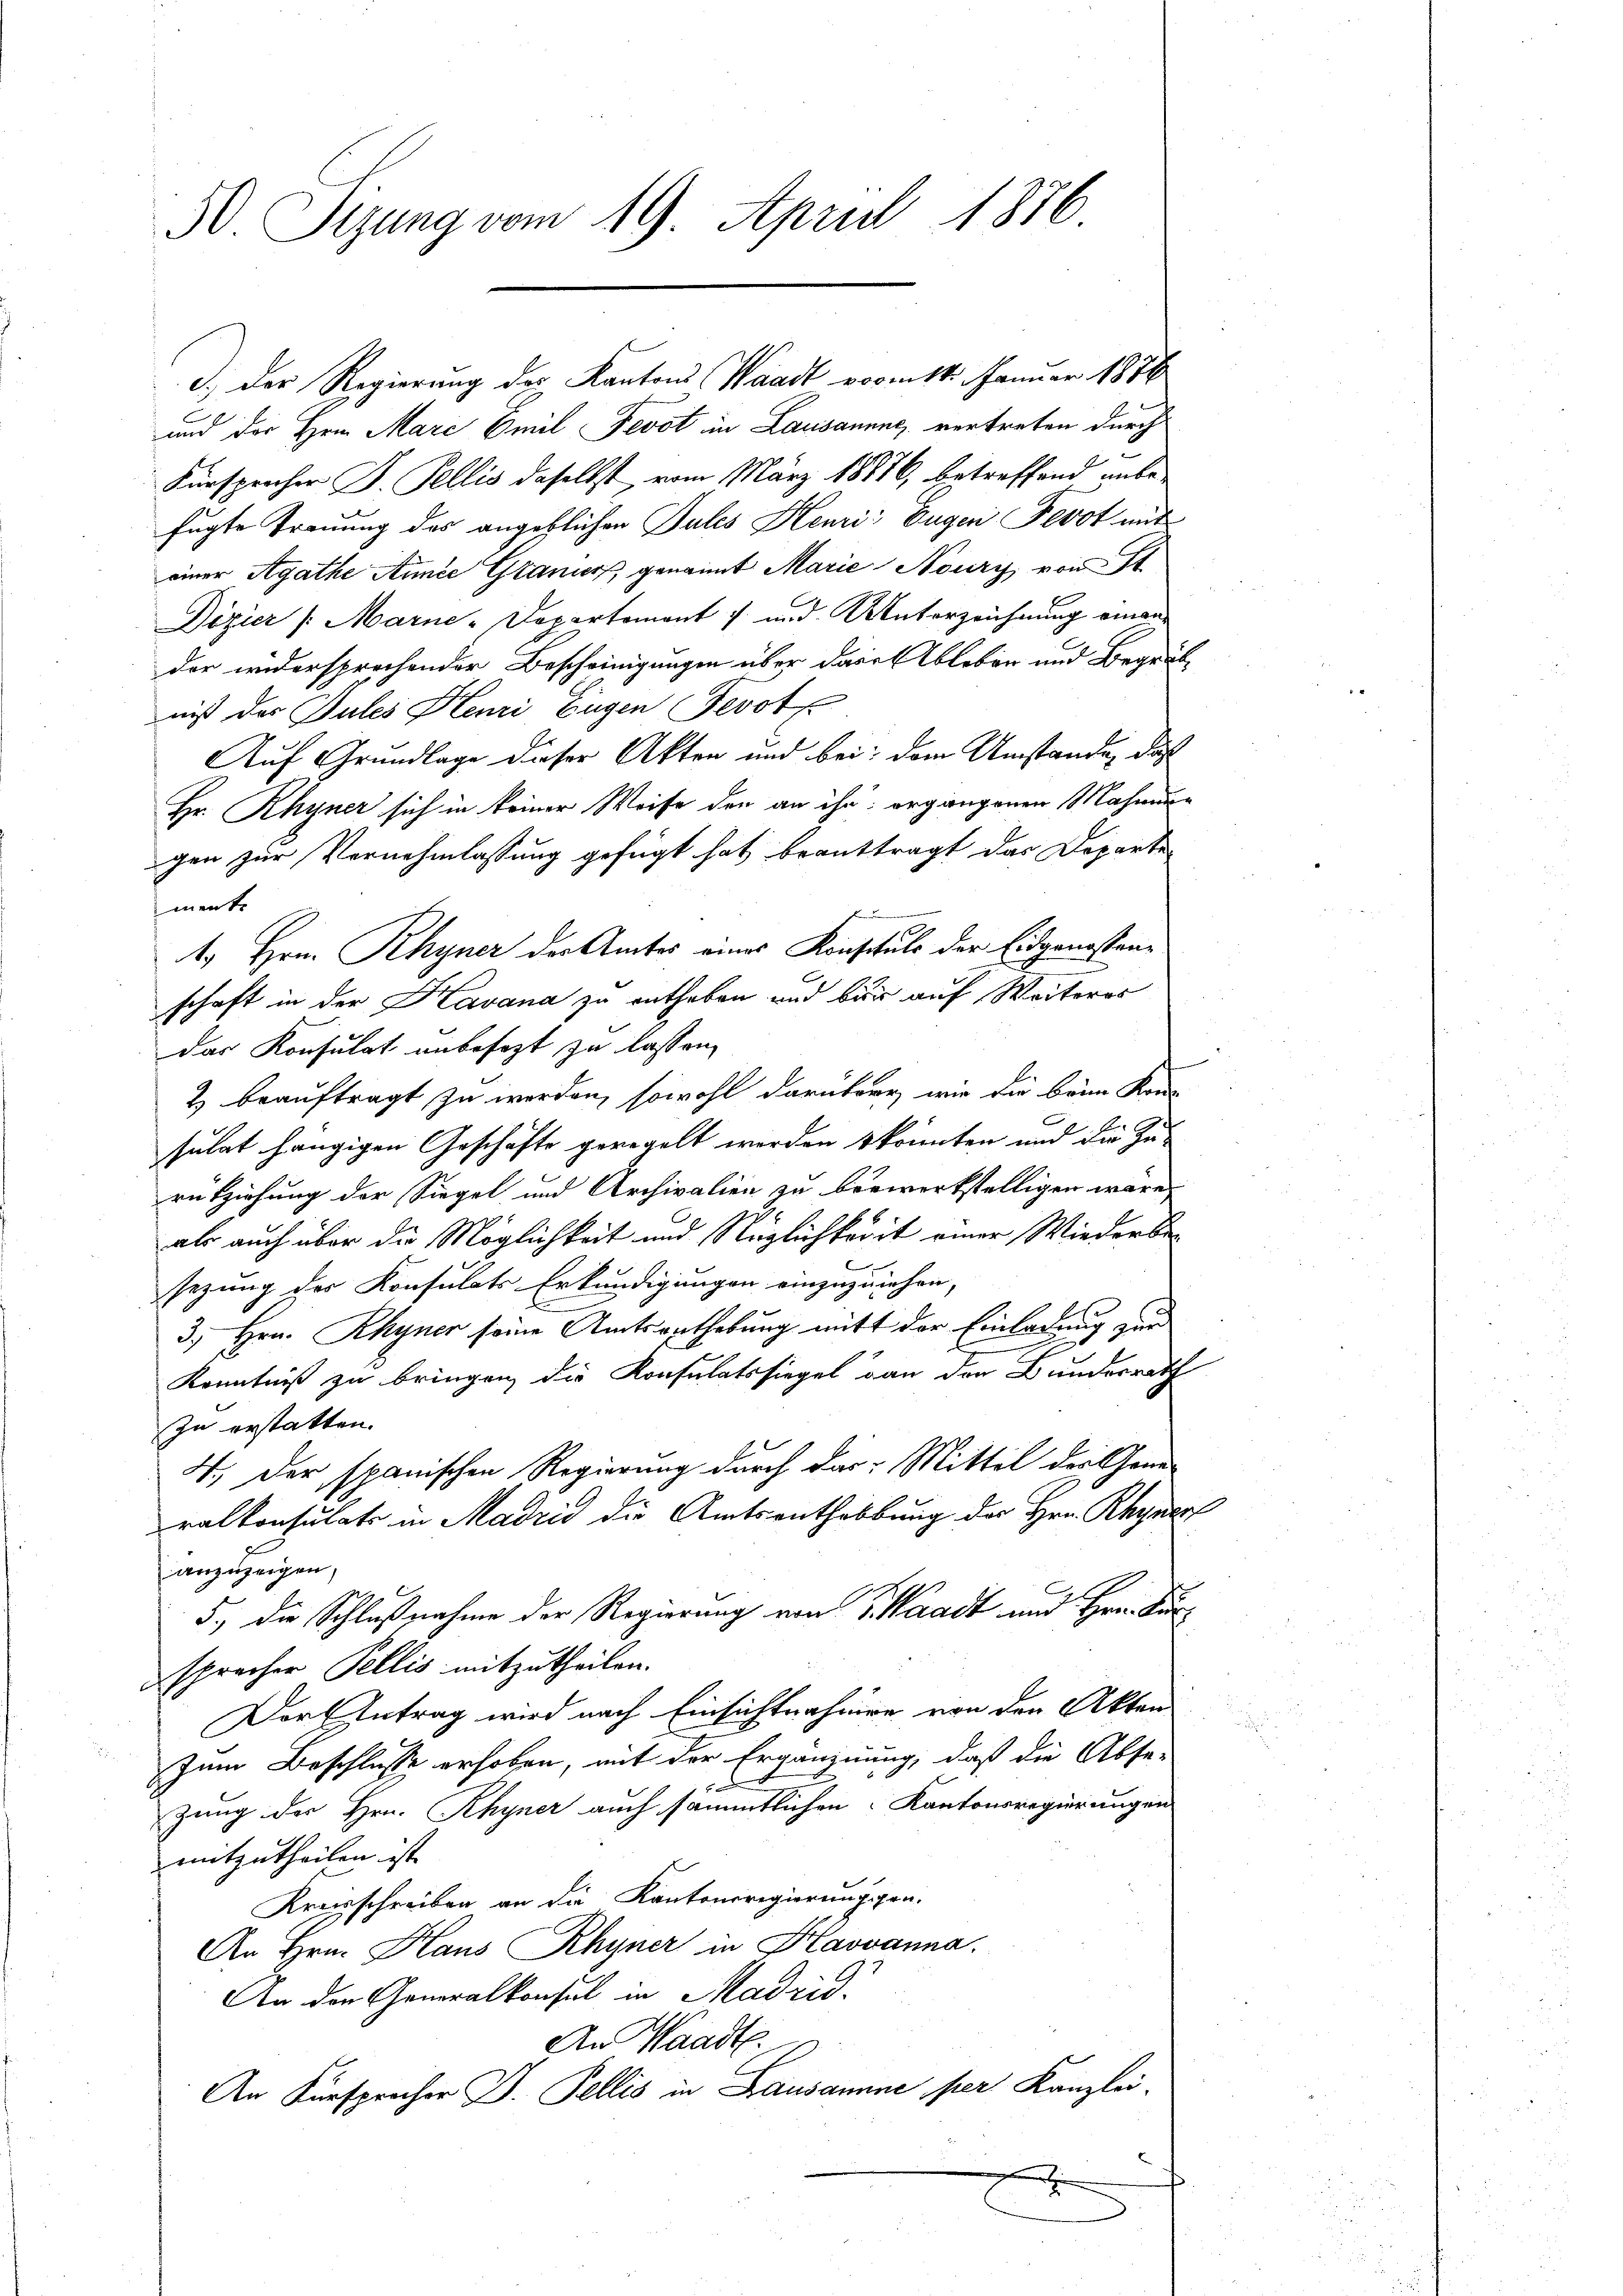
30. Sizung vom 19. April 1876

und der Hrn. Marc Emil Fevot in Lausannne, vertreten durch
Fürsprecher J. Pellis daselbst, vom März 18876, betreffend anbe-
fügte Trauung des angeblichen Tules Henri Eugen Fevot mit
einer Agathe Annie Granier, genannt Marie Noury von St
Dizier (Marne-Departemont 7 und Unterzeichnung einander widersprochender Bescheinigungen über das Ableben und Begräb
niß der Pules Henri Eugen Fevot
Auf Grundlage dieser Akten und bei: dem Umstände, daß
Hr. Rhyner sich in keiner Weise den an ihr, ergangenen Mahnungen zur Vornehmlassung gefügt hat beanttragt das Departe
menke
4. Hrn. Rhyner der Amtes eines Konsuls der Eidgenossenschaft in der Kavana zu entheben und bis auf Weiteres
das Konsulat unbesezt zu lassen,
& beauftragt zu werden, sowohl darüber wie die beim Kons
sulat hängigen Geschäfte geregelt werden s könnten und die Zu-
rükziehung der Siegel und Archivalien zu berwerkstelligen wäre,
als auch über die Möglichkeit und Nüglichkeit einer Wiederbesezung des Konsulats Erkundigungen einzuziehen,
.
3., Hrn. Rhyner seine Amtsanthebung mitt der Einladung zur
Kenntniß zu bringen die Konsulatssiegel von der Bundesrath
zu erstatten.
4.) Der spanischen Regierung durch das Mittel der Generalkonsulats in Madrid die Amtsenthalbung der Hrn. Rhyner
anzuzeigen,
5., die Schlußnahme der Regierung von S. Waadt und Hrn. Kursprecher Pellis mitzutheilen.
Der Antrag wird nach Einsichtnahmen von den Akten
zum Beschlusse erhoben, mit der Ergänznung, daß die Abse-
zung der Hrn. Rhyner auch sämmtlichen Kantonsregierungen
mitzutheilen ist
Kreisschreiben an die Kantonsregierungsgra-
An Hrn. Haus Rhyner in Klavvanna.
An den Generalkonsul in Madrid.
An Waadt.
An Fürsprocher B. Pellis in Lausanne per Kanzlei.

d.) Der Regierung des Kantons Waadt vom 14. Januar 1876